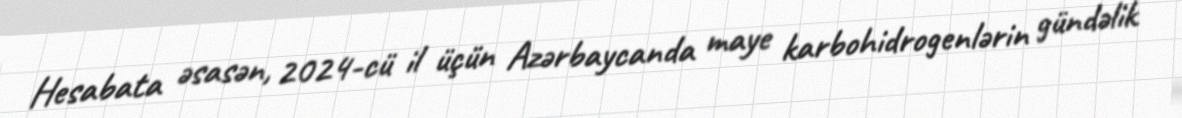
Hesabata əsasən, 2024-cü il üçün Azərbaycanda maye karbohidrogenlərin gündəlik